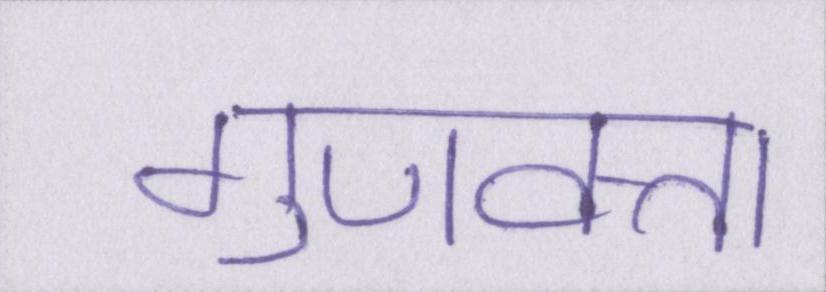
गुणवत्ता